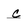
Character: c